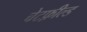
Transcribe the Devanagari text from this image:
चेटफ़ील्ड